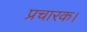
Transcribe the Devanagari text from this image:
प्रचारक।